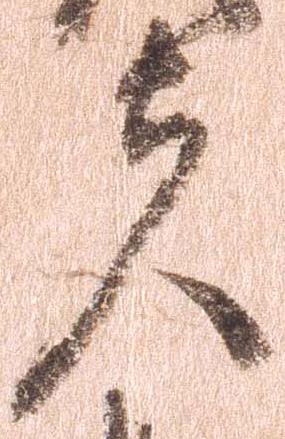
夫